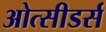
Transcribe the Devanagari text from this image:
ओत्सीडर्स